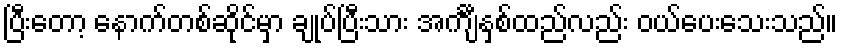
ပြီးတော့ နောက်တစ်ဆိုင်မှာ ချုပ်ပြီးသား အင်္ကျီနှစ်ထည်လည်း ဝယ်ပေးသေးသည်။